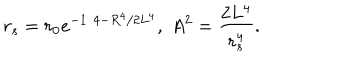
LaTeX: r _ { s } = r _ { 0 } e ^ { - 1 / 4 - R ^ { 4 } / 2 L ^ { 4 } } , \; A ^ { 2 } = { \frac { 2 L ^ { 4 } } { r _ { s } ^ { 4 } } } .